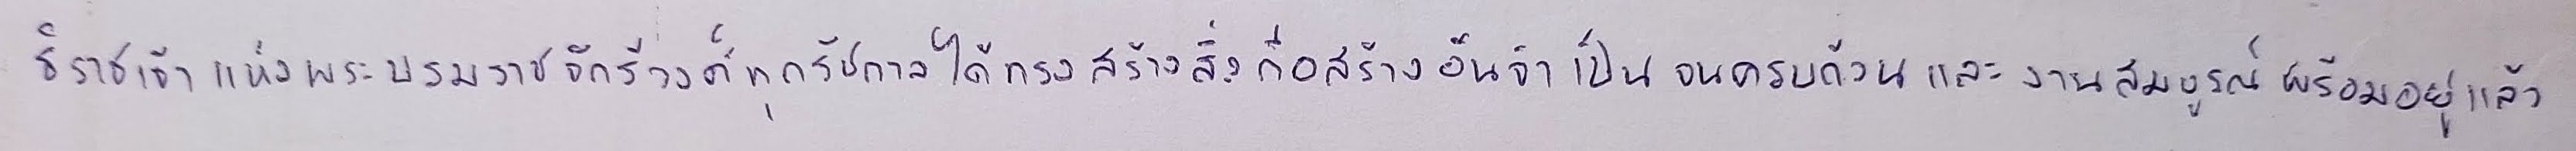
ธิราชเจ้าแห่งพระบรมราชจักรีวงศ์ทุกรัชกาลได้ทรงสร้างสิ่งก่อสร้างอันจำเป็นจนครบถ้วนและงานสมบูรณ์พร้อมอยู่แล้ว